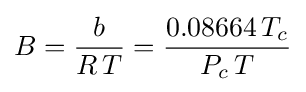
B={\frac {b}{R\,T}}={\frac {0.08664\,T_{c}}{P_{c}\,T}}